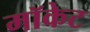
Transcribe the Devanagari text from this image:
मॉकेट